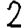
Digit: 2